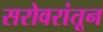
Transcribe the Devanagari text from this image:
सरोवरांतून